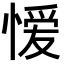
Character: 𭞄